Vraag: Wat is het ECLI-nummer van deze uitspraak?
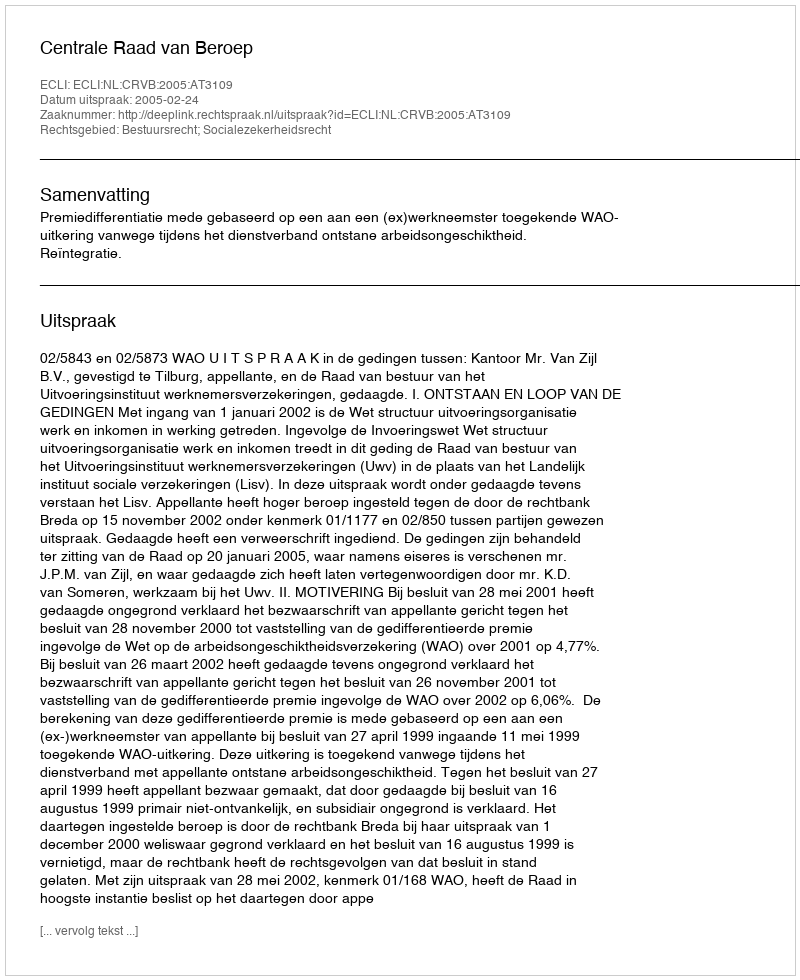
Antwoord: ECLI:NL:CRVB:2005:AT3109